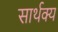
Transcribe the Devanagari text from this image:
सार्थक्य